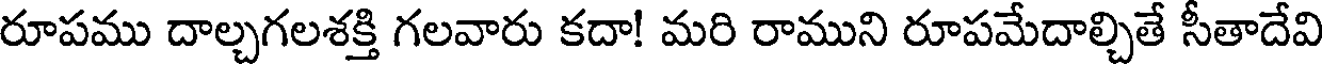
రూపము దాల్చగలశక్తి గలవారు కదా! మరి రాముని రూపమేదాల్చితే సీతాదేవి